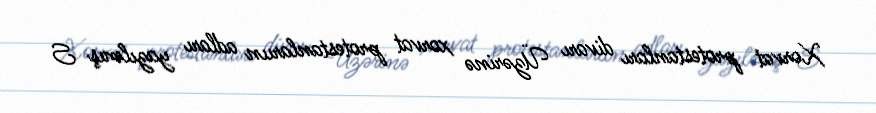
Xorvat protestanları divarı Üzərinə xorvat protestanlarıın adları yazılmış S